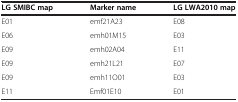
<table><thead><tr><td><b>LG SMIBC map</b></td><td><b>Marker name</b></td><td><b>LG LWA2010 map</b></td></tr></thead><tbody><tr><td>E01</td><td>emf21A23</td><td>E08</td></tr><tr><td>E06</td><td>emh01M15</td><td>E03</td></tr><tr><td>E09</td><td>emh02A04</td><td>E11</td></tr><tr><td>E09</td><td>emh21L21</td><td>E07</td></tr><tr><td>E09</td><td>emh11O01</td><td>E03</td></tr><tr><td>E11</td><td>Emf01E10</td><td>E01</td></tr></tbody></table>